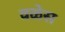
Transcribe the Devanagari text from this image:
वळेस